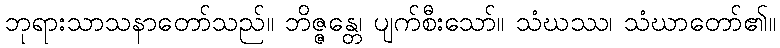
ဘုရားသာသနာတော်သည်။ ဘိဇ္ဇန္တေ၊ ပျက်စီးသော်။ သံဃဿ၊ သံဃာတော်၏။